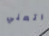
اتعني